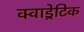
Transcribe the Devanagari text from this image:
क्वाड्रेटिक